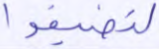
لتضيقوا